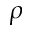
\rho